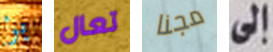
بز تعال مجنا إلى